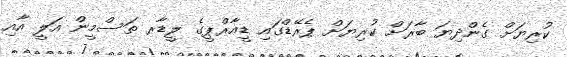
ކުރިޔަށް ގެންދިޔަ ބާރަށް ކުރިޔަށް ޕެރޭޑްގައި ޑީއާރްޕީގެ ލީޑާރ ތަސްމީން އަލީ އާއި